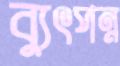
ব্যুৎপন্ন